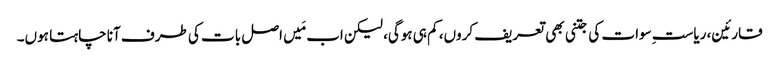
قارئین، ریاستِ سوات کی جتنی بھی تعریف کروں، کم ہی ہوگی، لیکن اب مَیں اصل بات کی طرف آنا چاہتا ہوں۔